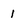
Character: 1